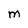
Character: M